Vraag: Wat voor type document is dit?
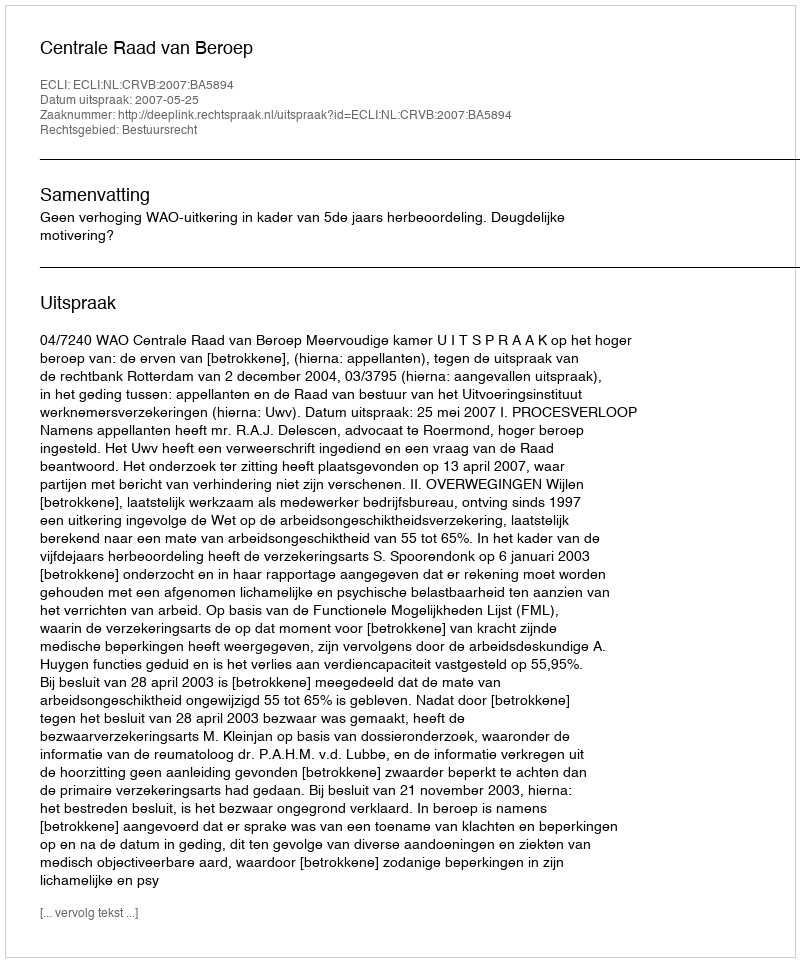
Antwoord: Uitspraak